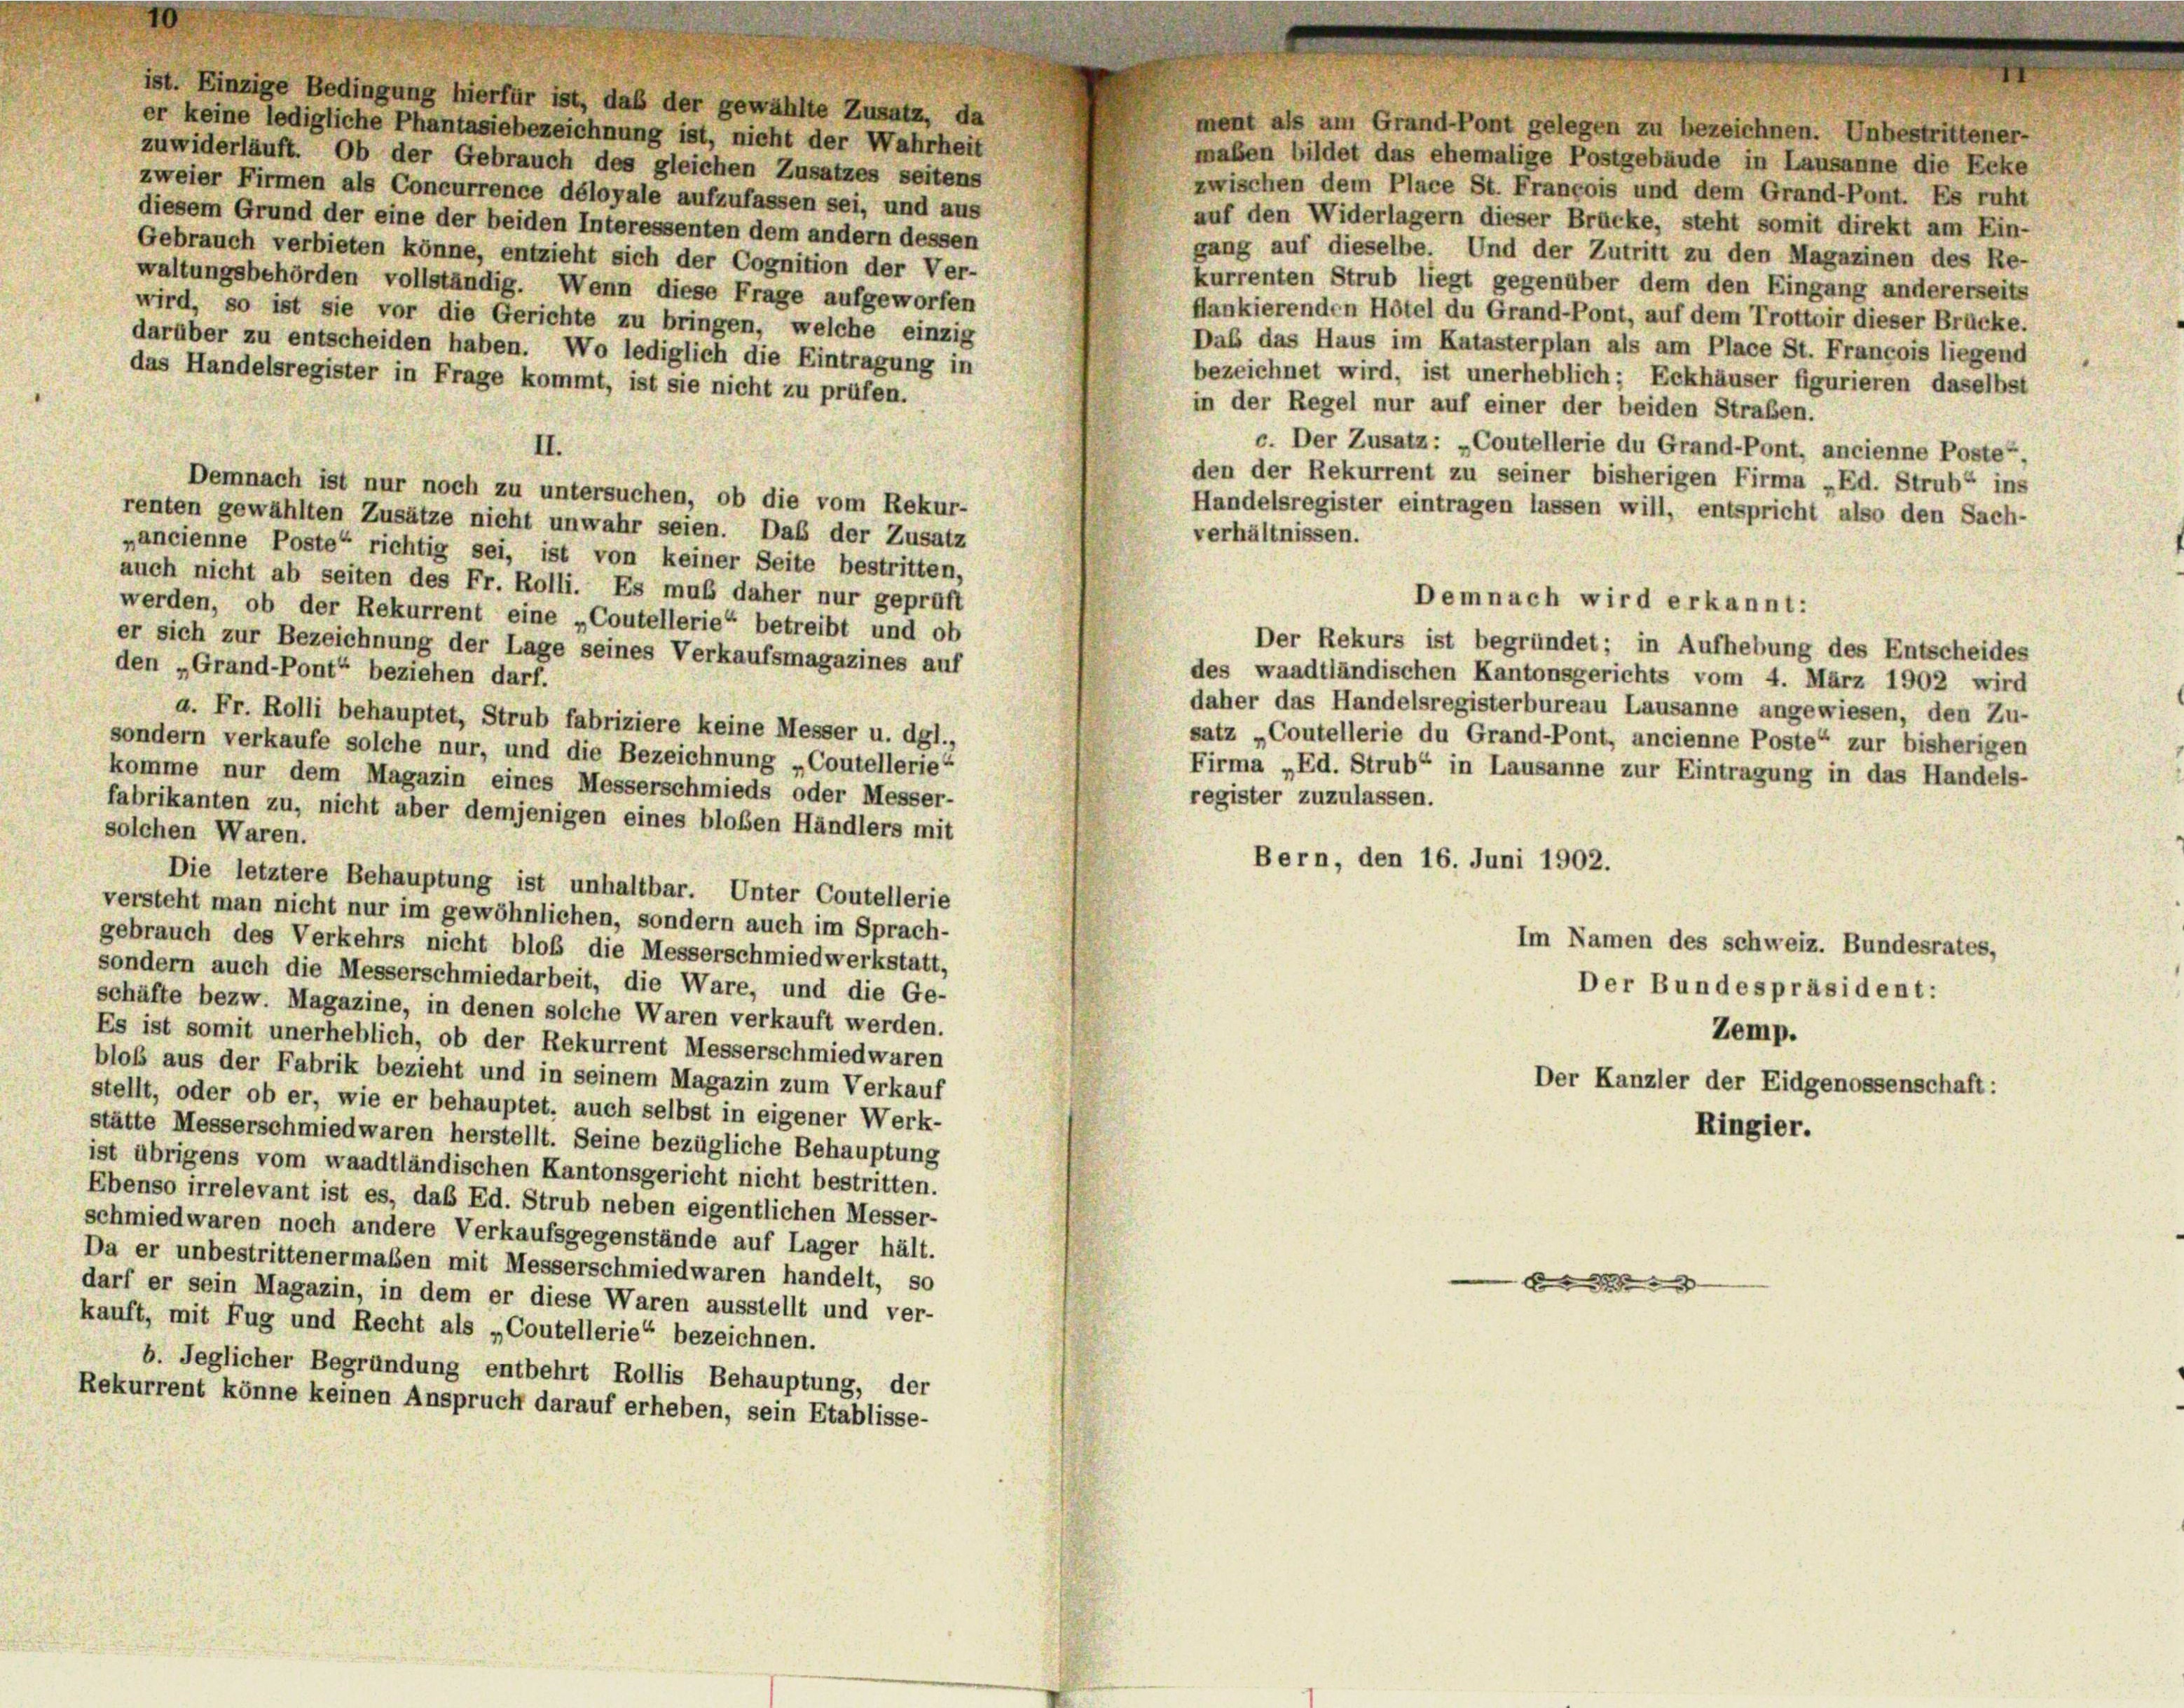
ist. Einzige Bedingung hierfür ist, daß der gewählte Zusatz, da
ment als am Grand-Pont gelegen zu bezeichnen. Unbestrittener-
er keine ledigliche Phantasiebezeichnung ist, nicht der Wahrheit
maben bildet das ehemalige Postgebäude in Lausanne die Ecke
zuwiderläuft. Ob der Gebrauch des gleichen Zusatzes seitens
zwischen dem Place St. Francois und dem Grand-Pont. Es ruht
zweier Firmen als Concurrence déloyale aufzufassen sei, und aus
auf den Widerlagern dieser Brücke, steht somit direkt am Ein-
diesem Grund der eine der beiden Interessenten dem andern dessen
gang auf dieselbe. Und der Zutritt zu den Magazinen des Re-
Gebrauch verbieten könne, entzieht sich der Cognition der Ver-
kurrenten Strub liegt gegenüber dem den Eingang andererseits
waltungsbehörden vollständig. Wenn diese Frage aufgeworfen
flankierenden Hôtel du Grand-Pont, auf dem Trottoir dieser Brücke.
wird, so ist sie vor die Gerichte zu bringen, welche einzig
Daß das Haus im Katasterplan als am Place St. Francois liegend
darüber zu entscheiden haben. Wo lediglich die Eintragung in
bezeichnet wird, ist unerheblich; Eckhäuser figurieren daselbst
das Handelsregister in Frage kommt, ist sie nicht zu prüfen.
in der Regel nur auf einer der beiden Straßen.
c. Der Zusatz: „Coutellerie du Grand-Pont, ancienne Poste“,
II.
den der Rekurrent zu seiner bisherigen Firma „Ed. Strub“ ins
Demnach ist nur noch zu untersuchen, ob die vom Rekur-
Handelsregister eintragen lassen will, entspricht also den Sach-
renten gewählten Zusätze nicht unwahr seien. Daß der Zusatz
verhältnissen.
„ancienne Poste“ richtig sei, ist von keiner Seite bestritten,
auch nicht ab seiten des Fr. Rolli. Es muß daher nur geprüft
werden, ob der Rekurrent eine „Coutellerie“ betreibt und ob
Der Rekurs ist begründet; in Aufhebung des Entscheides
er sich zur Bezeichnung der Lage seines Verkaufsmagazines auf
den „Grand-Pont“ beziehen darf.
des waadtländischen Kantonsgerichts vom 4. März 1902 wird
daher das Handelsregisterbureau Lausanne angewiesen, den Zu-
a. Fr. Rolli behauptet, Strub fabriziere keine Messer u. dgl.,
satz „Coutellerie du Grand-Pont, ancienne Poste“ zur bisherigen
sondern verkaufe solche nur, und die Bezeichnung „Coutellerie“
Firma „Ed. Strub“ in Lausanne zur Eintragung in das Handels-
komme nur dem Magazin eines Messerschmieds oder Messer-
register zuzulassen.
fabrikanten zu, nicht aber demjenigen eines bloßen Händlers mit
solchen Waren.
Bern, den 16. Juni 1902.
Die letztere Behauptung ist unhaltbar. Unter Coutellerie
versteht man nicht nur im gewöhnlichen, sondern auch im Sprach-
Im Namen des schweiz. Bundesrates,
gebrauch des Verkehrs nicht bloß die Messerschmiedwerkstatt,
sondern auch die Messerschmiedarbeit, die Ware, und die Ge-
Der Bundespräsident:
schäfte bezw. Magazine, in denen solche Waren verkauft werden.
Zemp.
Es ist somit unerheblich, ob der Rekurrent Messerschmiedwaren
blob aus der Fabrik bezieht und in seinem Magazin zum Verkauf
Der Kanzler der Eidgenossenschaft:
stellt, oder ob er, wie er behauptet, auch selbst in eigener Werk-
Ringier.
stätte Messerschmied waren herstellt. Seine bezügliche Behauptung
ist übrigens vom waadtländischen Kantonsgericht nicht bestritten.
Ebenso irrelevant ist es, das Ed. Strub neben eigentlichen Messer-
schmied waren noch andere Verkaufsgegenstände auf Lager hält.
Da er unbestrittenermalen mit Messerschmiedwaren handelt, so
3
darf er sein Magazin, in dem er diese Waren ausstellt und ver-
kauft, mit Fug und Recht als „Coutellerie“ bezeichnen.
b. Jeglicher Begründung entbehrt Rollis Behauptung, der
Rekurrent könne keinen Anspruch darauf erheben, sein Etablisse-

Demnach wird erkannt: